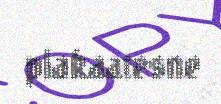
plakaatesne